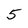
Character: 5